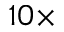
1 0 \times